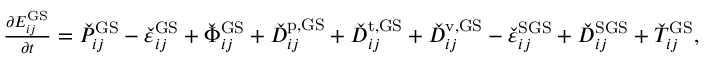
\begin{array} { r } { \frac { \partial E _ { i j } ^ { \mathrm { G S } } } { \partial t } = \check { P } _ { i j } ^ { \mathrm { G S } } - \check { \varepsilon } _ { i j } ^ { \mathrm { G S } } + \check { \Phi } _ { i j } ^ { \mathrm { G S } } + \check { D } _ { i j } ^ { \mathrm { p , G S } } + \check { D } _ { i j } ^ { \mathrm { t , G S } } + \check { D } _ { i j } ^ { \mathrm { v , G S } } - \check { \varepsilon } _ { i j } ^ { \mathrm { S G S } } + \check { D } _ { i j } ^ { \mathrm { S G S } } + \check { T } _ { i j } ^ { \mathrm { G S } } , } \end{array}